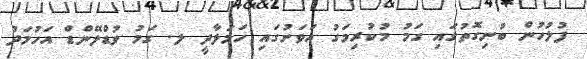
ފުލުހުން ބުނިގޮތުގައި ގަމު މުކުރިމަގު އަވަށުގައި ހަމަލާދީ ލ. ގަމު ވުޑްލޭންޑް އަހުމަދު